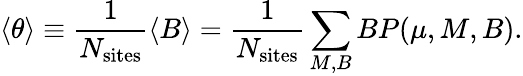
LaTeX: \langle\theta\rangle\equiv\frac{1}{N_{\mathrm{sites}}}\langle B\rangle=\frac{1}{N_{\mathrm{sites}}}\sum_{M,B}BP(\mu,M,B).